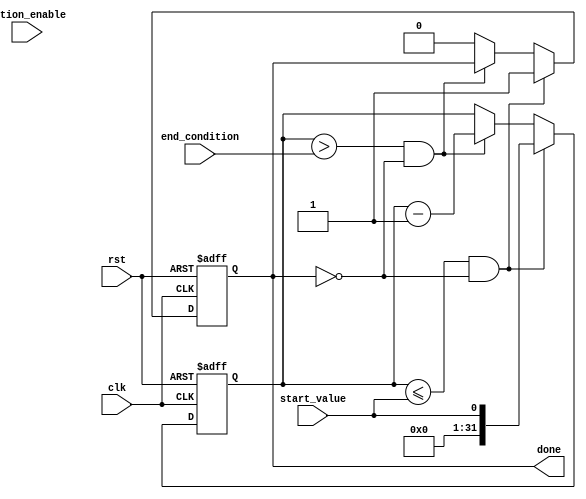
module decremental_for_loop (
    input       wire    clk,
    input       wire    rst,
    input       wire    start_value,
    input       wire    end_condition,
    input       wire    action_enable,
    output      wire    done
);

reg [31:0] count;

always @(posedge clk or posedge rst) begin
    if (rst) begin
        count <= 0;
        done <= 0;
    end else begin
        if (count <= start_value && !done) begin
            count <= start_value;
            done <= 1;
        end else if (count > end_condition && !done) begin
            count <= count - 1;
            if (action_enable) begin
                // Perform specified actions or operations here
            end
        end else begin
            done <= 0;
        end
    end
end

endmodule